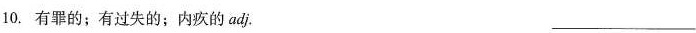
10.有罪的；有过失的；内疚的adj.___